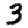
Digit: 3